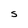
Character: S